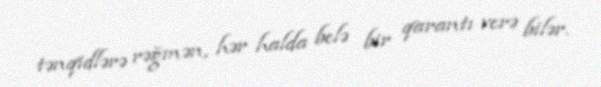
tənqidlərə rəğmən, hər halda belə bir qarantı verə bilər.